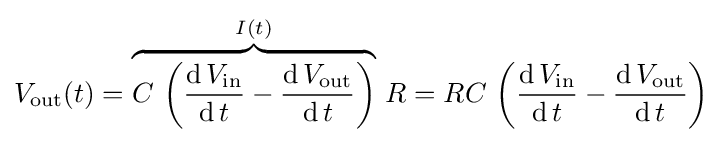
V_{\text{out}}(t)=\overbrace {C\,\left({\frac {\operatorname {d} V_{\text{in}}}{\operatorname {d} t}}-{\frac {\operatorname {d} V_{\text{out}}}{\operatorname {d} t}}\right)} ^{I(t)}\,R=RC\,\left({\frac {\operatorname {d} V_{\text{in}}}{\operatorname {d} t}}-{\frac {\operatorname {d} V_{\text{out}}}{\operatorname {d} t}}\right)